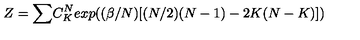
Z = { \large \sum } C _ { K } ^ { N } e x p { \large ( } ( \beta / N ) [ ( N / 2 ) ( N - 1 ) - 2 K ( N - K ) ] { \large ) }